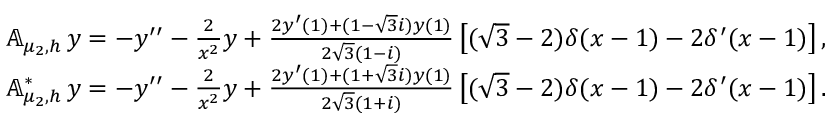
\begin{array} { r l } & { { \mathbb A } _ { \mu _ { 2 } , h } \, y = - y ^ { \prime \prime } - \frac { 2 } { x ^ { 2 } } y + \frac { 2 y ^ { \prime } ( 1 ) + ( 1 - { \sqrt 3 } i ) y ( 1 ) } { { 2 } { \sqrt 3 } ( 1 - i ) } \left[ { ( \sqrt 3 - 2 ) } \delta ( x - 1 ) - 2 \delta ^ { \prime } ( x - 1 ) \right] , } \\ & { { \mathbb A } _ { \mu _ { 2 } , h } ^ { * } \, y = - y ^ { \prime \prime } - \frac { 2 } { x ^ { 2 } } y + \frac { 2 y ^ { \prime } ( 1 ) + ( 1 + { \sqrt 3 } i ) y ( 1 ) } { { 2 } { \sqrt 3 } ( 1 + i ) } \left[ { ( \sqrt 3 - 2 ) } \delta ( x - 1 ) - 2 \delta ^ { \prime } ( x - 1 ) \right] . } \end{array}